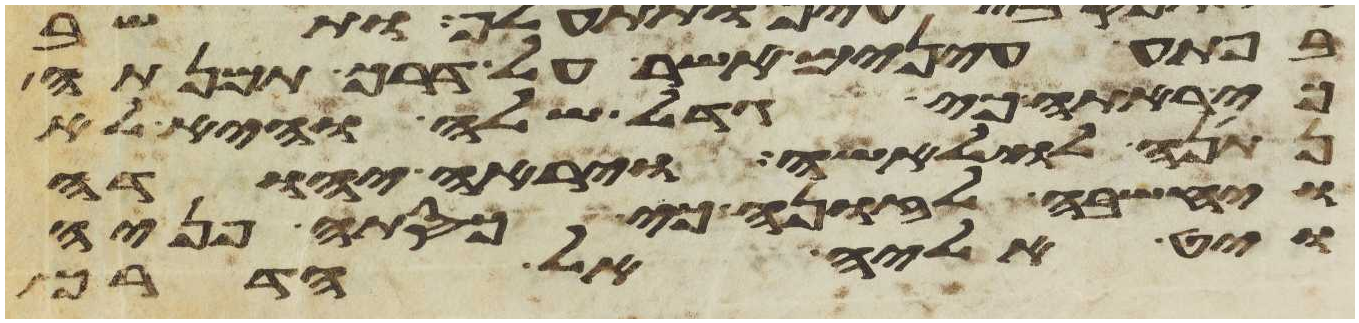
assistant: בפתע עינים אשר על דרך תמנתה
כי ראתה כי גדל שלה והיא לא
נתנה לו לאשה ויראה יהודה
ויחשבה לזונה כי כסתה פניה
ויט אליה אל הדרך